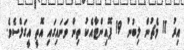
އިރު 11 މެޗުން ލިބުނު 19 ޕޮއިންޓާއެކު ތިން ވަނައިގައި އޮތީ އީގަލްސެވެ.